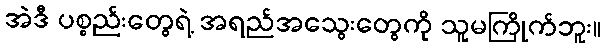
အဲဒီ ပစ္စည်းတွေရဲ့ အရည်အသွေးတွေကို သူမကြိုက်ဘူး။